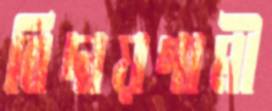
বিদায়গামী